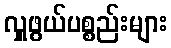
လှူဖွယ်ပစ္စည်းများ